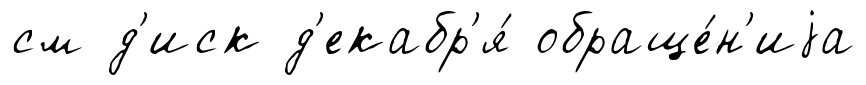
см д'иск д'екабр'я́ обраще́н'иjа